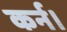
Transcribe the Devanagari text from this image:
कर्न।